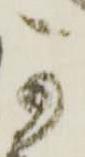
可